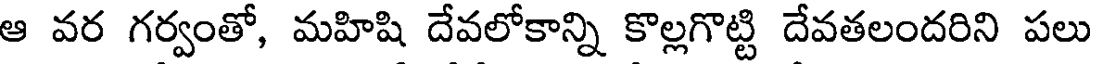
ఆ వర గర్వంతో, మహిషి దేవలోకాన్ని కొల్లగొట్టి దేవతలందరిని పలు